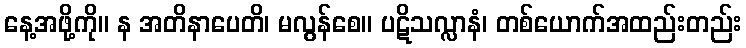
နေ့အဖို့ကို။ န အတိနာပေတိ၊ မလွန်စေ။ ပဋိသလ္လာနံ၊ တစ်ယောက်အထည်းတည်း